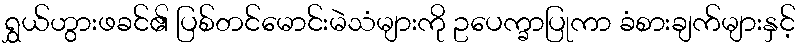
ရွှယ်ဟွားဖခင်၏ ပြစ်တင်မောင်းမဲသံများကို ဥပေက္ခာပြုကာ ခံစားချက်များနှင့်